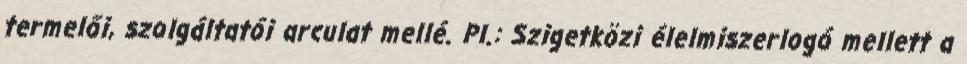
termelői, szolgáltatói arculat mellé. Pl.: Szigetközi élelmiszerlogó mellett a